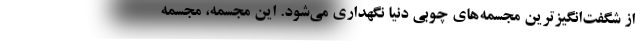
از شگفت‌انگیزترین مجسمه‌های چوبی دنیا نگهداری می‌شود. این مجسمه، مجسمه